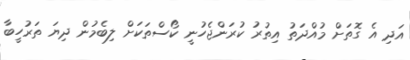
އަދި އެ ގޮތަށް މުއްދަތު އިތުރު ކުރަންޖެހުނީ ކޯސްތަކަށް ލިބެމުން ދިޔަ ތަރުހީބާ